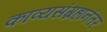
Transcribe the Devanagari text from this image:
काव्यसंग्रहानंतर